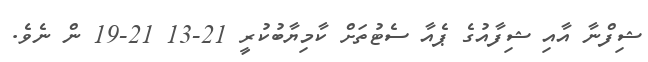
ޝިފްނާ އާއި ޝިފާއުގެ ޕެއާ ސެޓުތަށް ކާމިޔާބުކުރީ 21-13 21-19 ން ނެވެ.